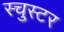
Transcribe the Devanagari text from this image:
स्चुस्टर